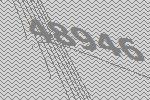
48946